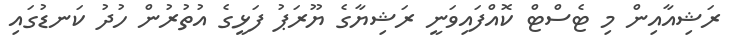
ރަޝިއާއިން މި ޓެސްޓް ކޮއްފައިވަނީ ރަޝިޔާގެ ޔޫރަޕު ފަޅީގެ އުތުރުން ހުދު ކަނޑުގައި